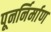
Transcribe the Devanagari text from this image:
पूनर्निर्माण